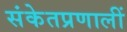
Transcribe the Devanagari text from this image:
संकेतप्रणालीं